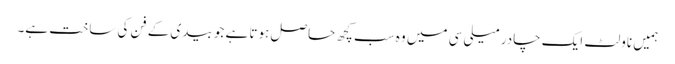
ہمیں ناولٹ ایک چادر میلی سی میں وہ سب کچھ حاصل ہوتا ہے جو بیدی کے فن کی ساخت ہے۔